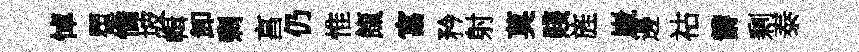
悼瞿憍坡輯卸剩亯仍惟餼富矜射莫賤旌嵗邊祜欝剰泰